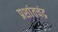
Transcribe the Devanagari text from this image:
प्रशांतचंद्र